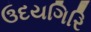
ઉદયગિરિ